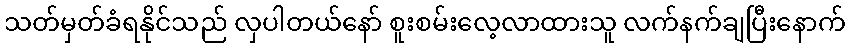
သတ်မှတ်ခံရနိုင်သည် လှပါတယ်နော် စူးစမ်းလေ့လာထားသူ လက်နက်ချပြီးနောက်